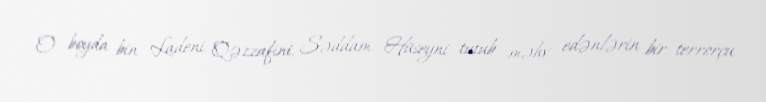
O boyda bin Ladeni, Qəzzafini, Səddam Hüseyni tutub məhv edənlərin bir terrorçu